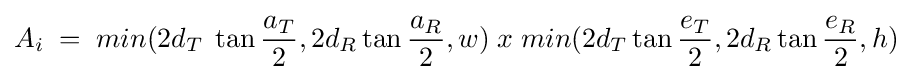
A_{i}\;=\;min(2d_{T}\;\tan {\frac {a_{T}}{2}},2d_{R}\tan {\frac {a_{R}}{2}},w)\;x\;min(2d_{T}\tan {\frac {e_{T}}{2}},2d_{R}\tan {\frac {e_{R}}{2}},h)